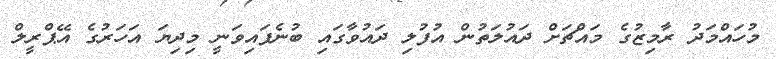
މުހައްމަދު ރާމިޒުގެ މައްޗަށް ދައުލަތުން އުފުލި ދައުވާގައި ބުނެފައިވަނީ މިދިޔަ އަހަރުގެ އޭޕްރީލް